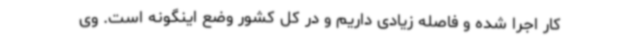
کار اجرا شده و فاصله زیادی داریم و در کل کشور وضع اینگونه است. وی